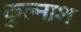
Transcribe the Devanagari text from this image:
कुल्नाश